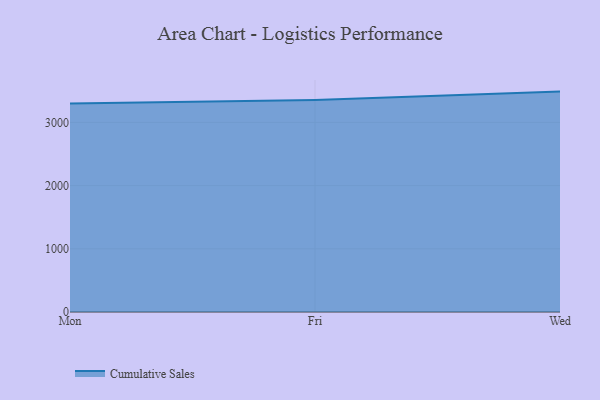
{"axis": {"x": "Day", "y": "Revenue (USD Million)"}, "legend": ["Cumulative Sales"], "data": [{"x": "Mon", "y": 3299.5, "type": "Cumulative Sales"}, {"x": "Fri", "y": 3353.2, "type": "Cumulative Sales"}, {"x": "Wed", "y": 3487.6, "type": "Cumulative Sales"}]}